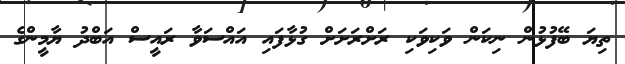
ތިޔަ ބޭފުޅުން ނިކަން ވަކިވަކި ރަށްރަށަށް ގުޅާފައި އައްސަވާ ރައީސް އަބްދު ޔާމީންގެ